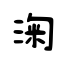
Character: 淗